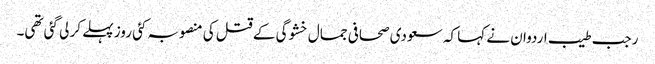
رجب طیب اردوان نے کہا کہ سعودی صحافی جمال خشوگی کے قتل کی منصوبہ کئی روز پہلے کر لی گئی تھی۔